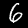
Digit: 6